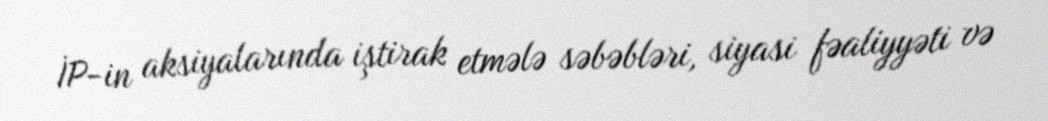
İP-in aksiyalarında iştirak etmələ səbəbləri, siyasi fəaliyyəti və